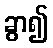
ခွာ၍